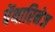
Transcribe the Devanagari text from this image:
पेंथारिनेज